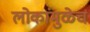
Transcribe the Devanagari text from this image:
लोकांमुळेच